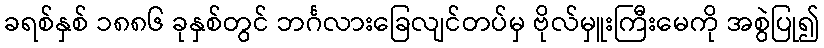
ခရစ်နှစ် ၁၈၈၆ ခုနှစ်တွင် ဘင်္ဂလားခြေလျင်တပ်မှ ဗိုလ်မှူးကြီးမေကို အစွဲပြု၍